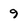
Character: 9